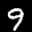
Label: 9